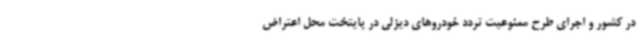
در کشور و اجرای طرح ممنوعیت تردد خودروهای دیزلی در پایتخت محل اعتراض